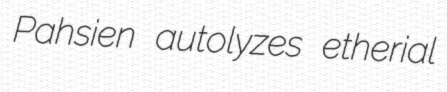
Pahsien autolyzes etherial